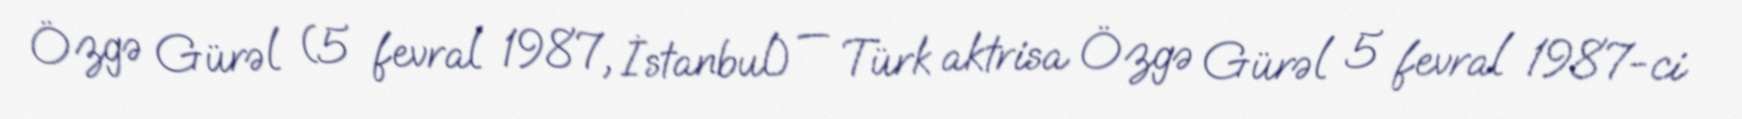
Özgə Gürəl (5 fevral 1987, İstanbul) — Türk aktrisa Özgə Gürəl 5 fevral 1987-ci